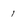
Character: 1